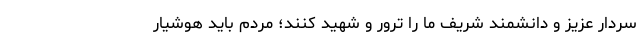
سردار عزیز و دانشمند شریف ما را ترور و شهید کنند؛ مردم باید هوشیار